Jaan_Tonisson_(Lasteleht), lk 305
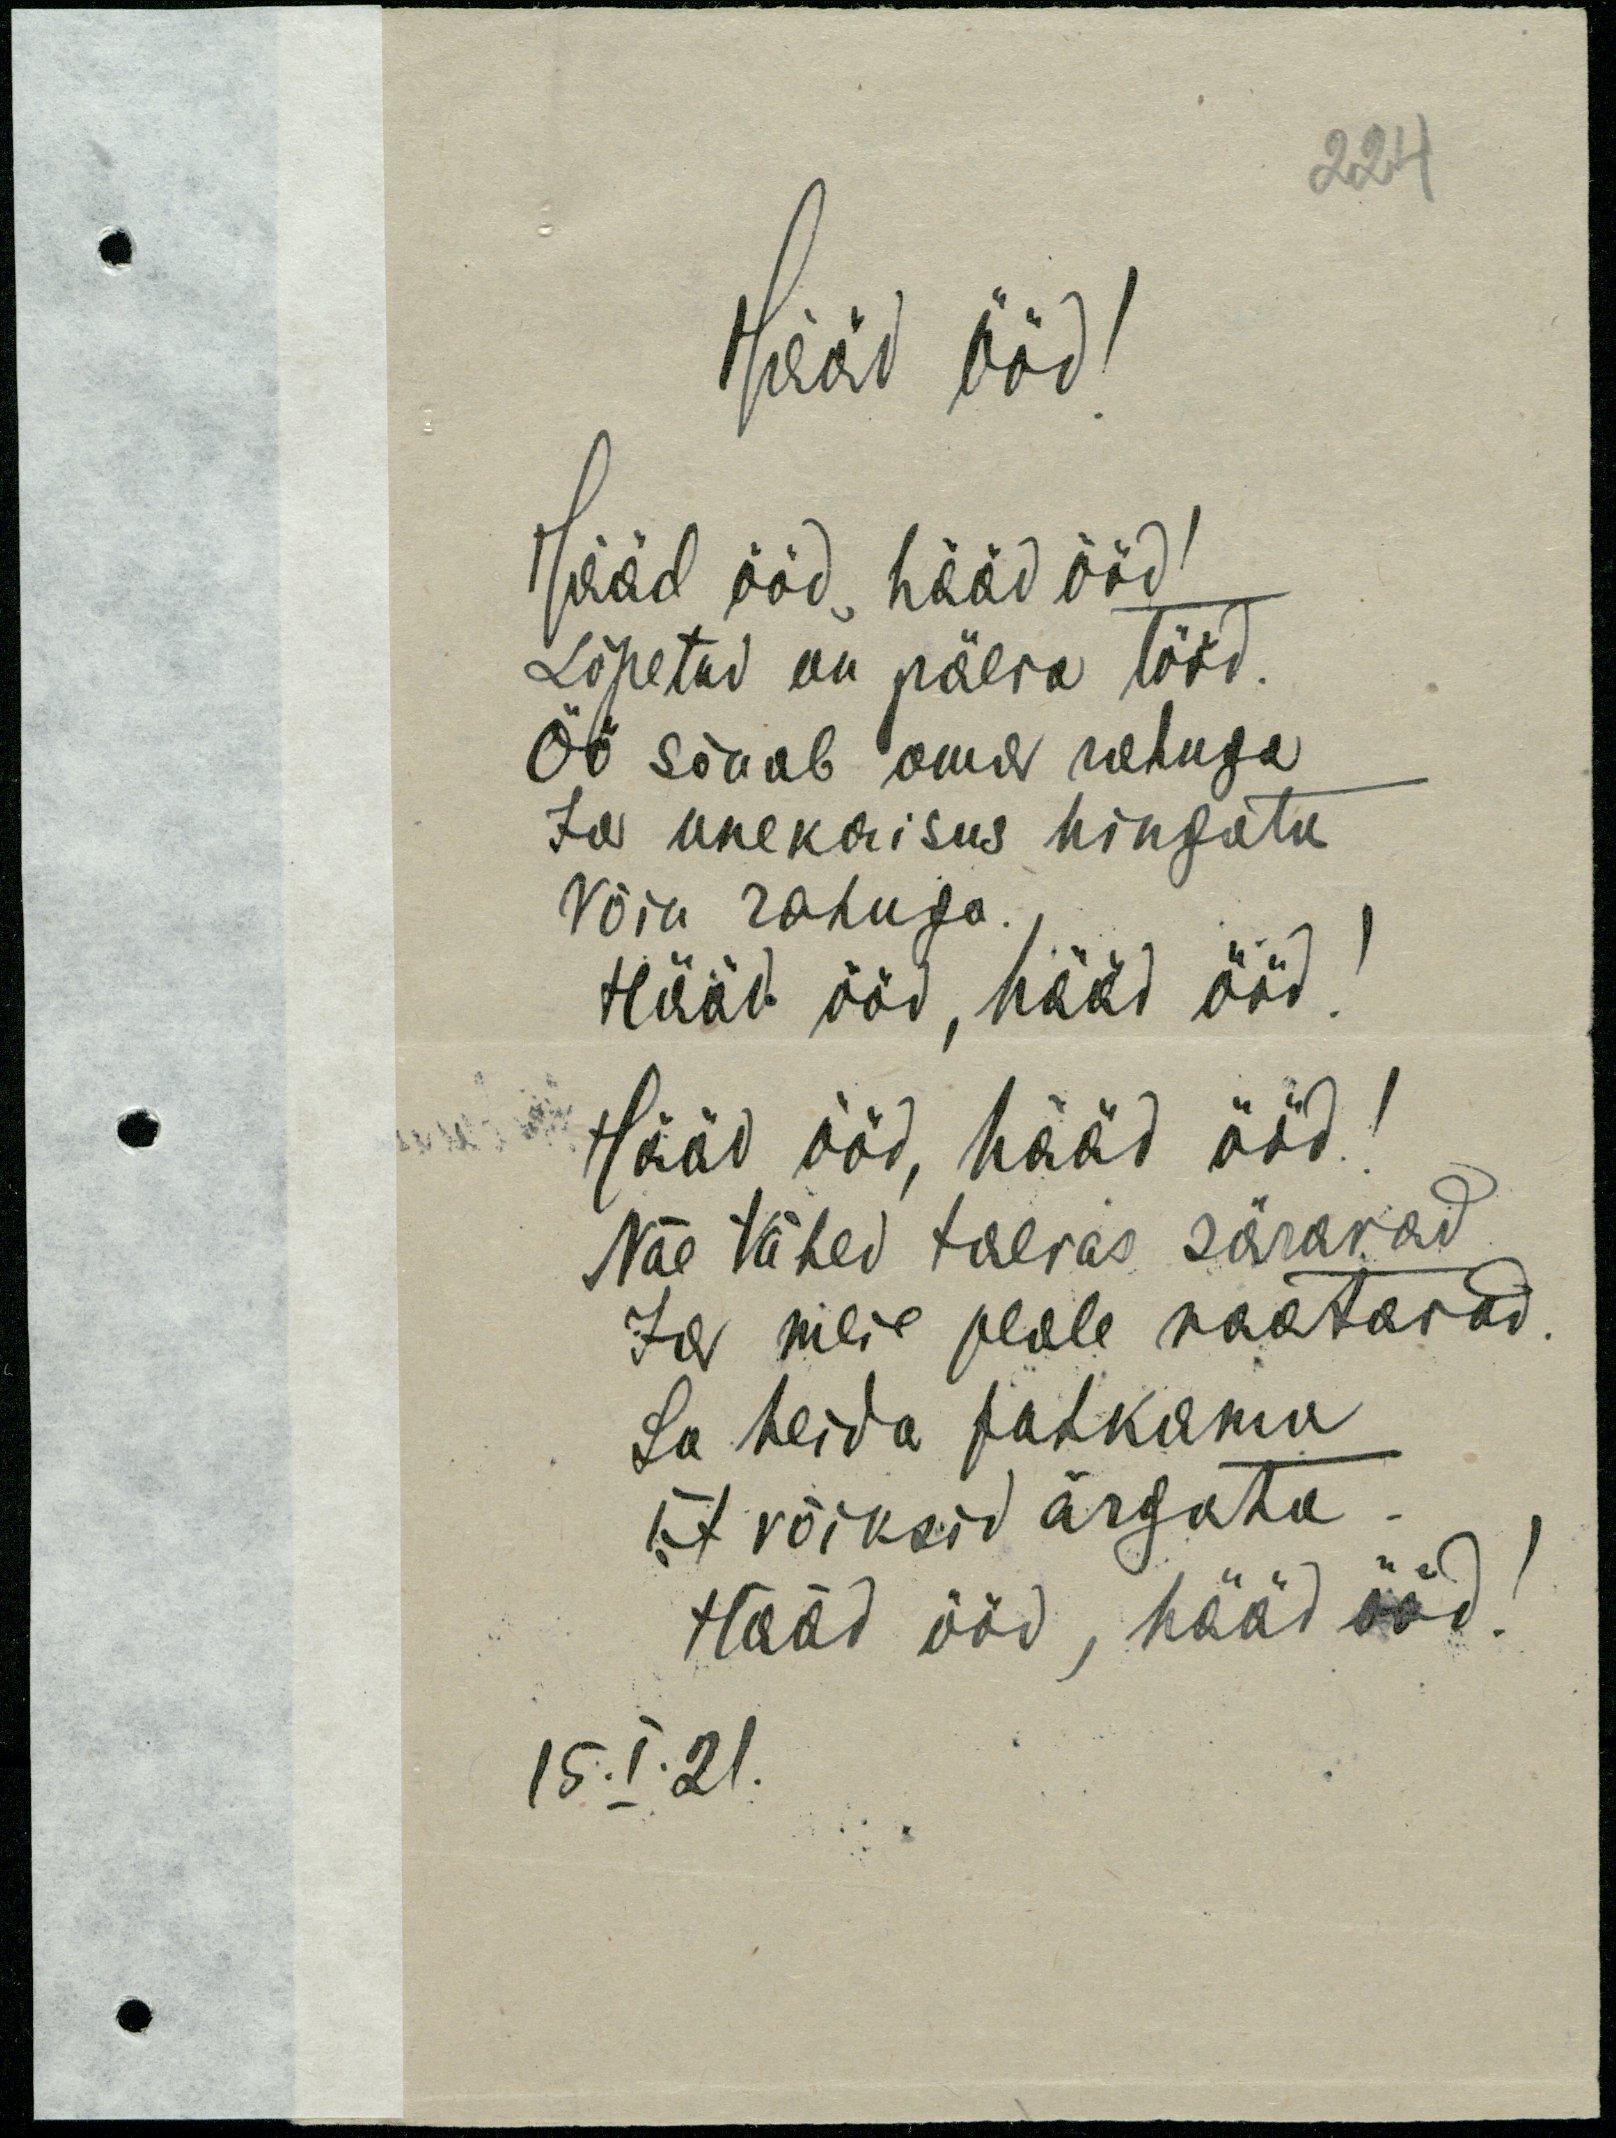
224
Hääd ööd!
Hääd ööd, hääd ööd!
Lõpetud on päeva tööd.
Öö sõuab oma rahuga
Ja unekaisus hingata
Võin rahuga
Hääd ööd, hääd ööd!
Hääd ööd, hääd ööd!
Näe tähed taevas säravad
Ja meie peale vaatavad
Sa heida puhkama
Et võiksid ärgata
Hääd ööd, hääd ööd!
15.I.21.